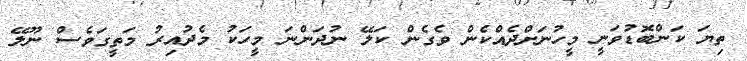
ތިޔަ ކަންބޮޑުވަނީ މީހުނަށްދެއްކެން ވެގެން ކަލޭ ނުދަންނަ މީހަކު މެދުއިރު މަތީގަވެސް ނޫލޭ